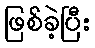
ဖြစ်ခဲ့ပြီး